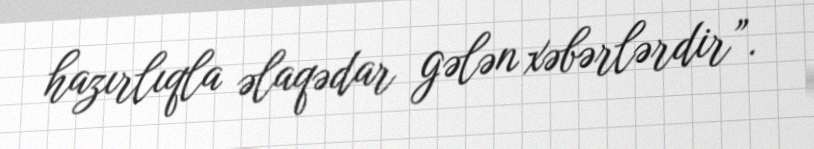
hazırlıqla əlaqədar gələn xəbərlərdir”.